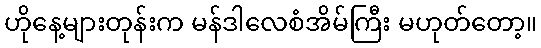
ဟိုနေ့များတုန်းက မန်ဒါလေစံအိမ်ကြီး မဟုတ်တော့။